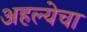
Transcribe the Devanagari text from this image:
अहल्येचा